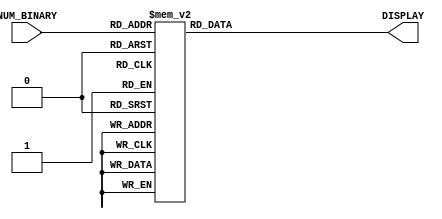
module MySevenSegmentDisplay (input [3:0] NUM_BINARY, output reg [6:0] DISPLAY);
    always @(*)
			case(NUM_BINARY)
				4'b0000: DISPLAY = ~7'b0111111;
				4'b0001: DISPLAY = ~7'b0000110;
				4'b0010: DISPLAY = ~7'b1011011;
				4'b0011: DISPLAY = ~7'b1001111;
				4'b0100: DISPLAY = ~7'b1100110;
				4'b0101: DISPLAY = ~7'b1101101;
				4'b0110: DISPLAY = ~7'b1111101;
				4'b0111: DISPLAY = ~7'b0000111;
				4'b1000: DISPLAY = ~7'b1111111;
				4'b1001: DISPLAY = ~7'b1101111;
				4'b1010: DISPLAY = ~7'b1110111;
				4'b1011: DISPLAY = ~7'b1111100;
				4'b1100: DISPLAY = ~7'b0111001;
				4'b1101: DISPLAY = ~7'b1011110;
				4'b1110: DISPLAY = ~7'b1111001;
				4'b1111: DISPLAY = ~7'b1110001;
			endcase
endmodule